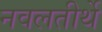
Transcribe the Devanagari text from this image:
नवलतीर्थे